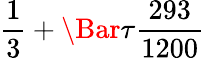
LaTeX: \frac{1}{3}+\Bar{\tau}\frac{293}{1200}